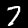
Digit: 7